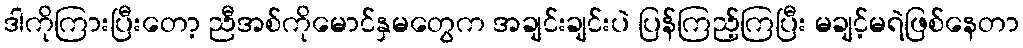
ဒါကိုကြားပြီးတော့ ညီအစ်ကိုမောင်နှမတွေက အချင်းချင်းပဲ ပြန်ကြည့်ကြပြီး မချင့်မရဲဖြစ်နေတာ